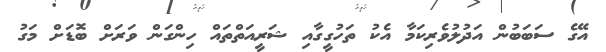
އޭގެ ސަބަބުން އަދުލުވެރިކަމާ އެކު ތަހުގީގާއި ޝަރީއަތްތައް ހިންގަން ވަރަށް ބޮޑަށް މަގު